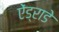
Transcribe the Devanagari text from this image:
ऐंड्राडे